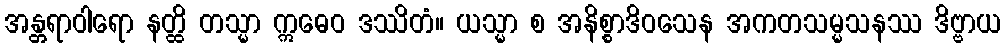
အန္တရာဝါရော နတ္ထိ တသ္မာ ဣဓေဝ ဒဿိတံ။ ယသ္မာ စ အနိစ္စာဒိဝသေန အကတသမ္မသနဿ ဒိဗ္ဗာယ